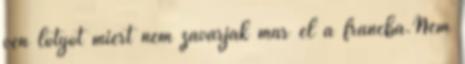
vén lotyót miért nem zavarják már el a francba.Nem